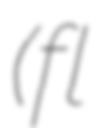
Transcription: (fl